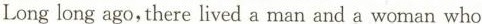
Long long ago,there lived a man and a woman who